Manual of the Civil Veterinary Department, Central Provinces and Berar
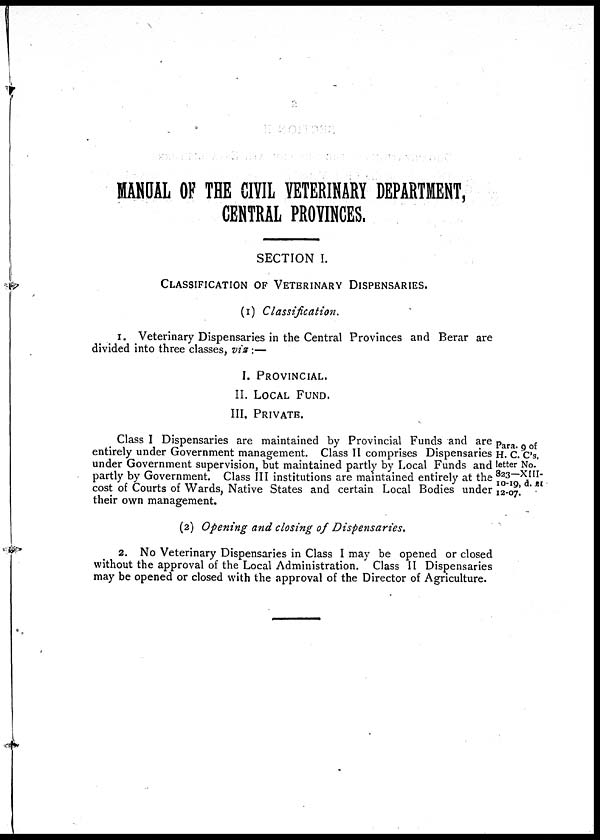
MANUAL OF THE CIVIL VETERINARY DEPARTMENT,
CENTRAL PROVINCES.
SECTION I.
CLASSIFICATION OF VETERINARY DISPENSARIES.
(1) Classification.
I. Veterinary Dispensaries in the Central Provinces and Berar are
divided into three classes, viz:—
I. PROVINCIAL.
II. LOCAL FUND.
III. PRIVATE.
Para. 9 of
H. C. C's.
letter No.
823—XIII-
10-19, d. el
12-07.
Class I Dispensaries are maintained by Provincial Funds and are
entirely under Government management. Class II comprises Dispensaries
under Government supervision, but maintained partly by Local Funds and
partly by Government. Class III institutions are maintained entirely at the
cost of Courts of Wards, Native States and certain Local Bodies under
their own management.
(2) Opening and closing of Dispensaries.
2. No Veterinary Dispensaries in Class I may be opened or closed
without the approval of the Local Administration. Class II Dispensaries
may be opened or closed with the approval of the Director of Agriculture.